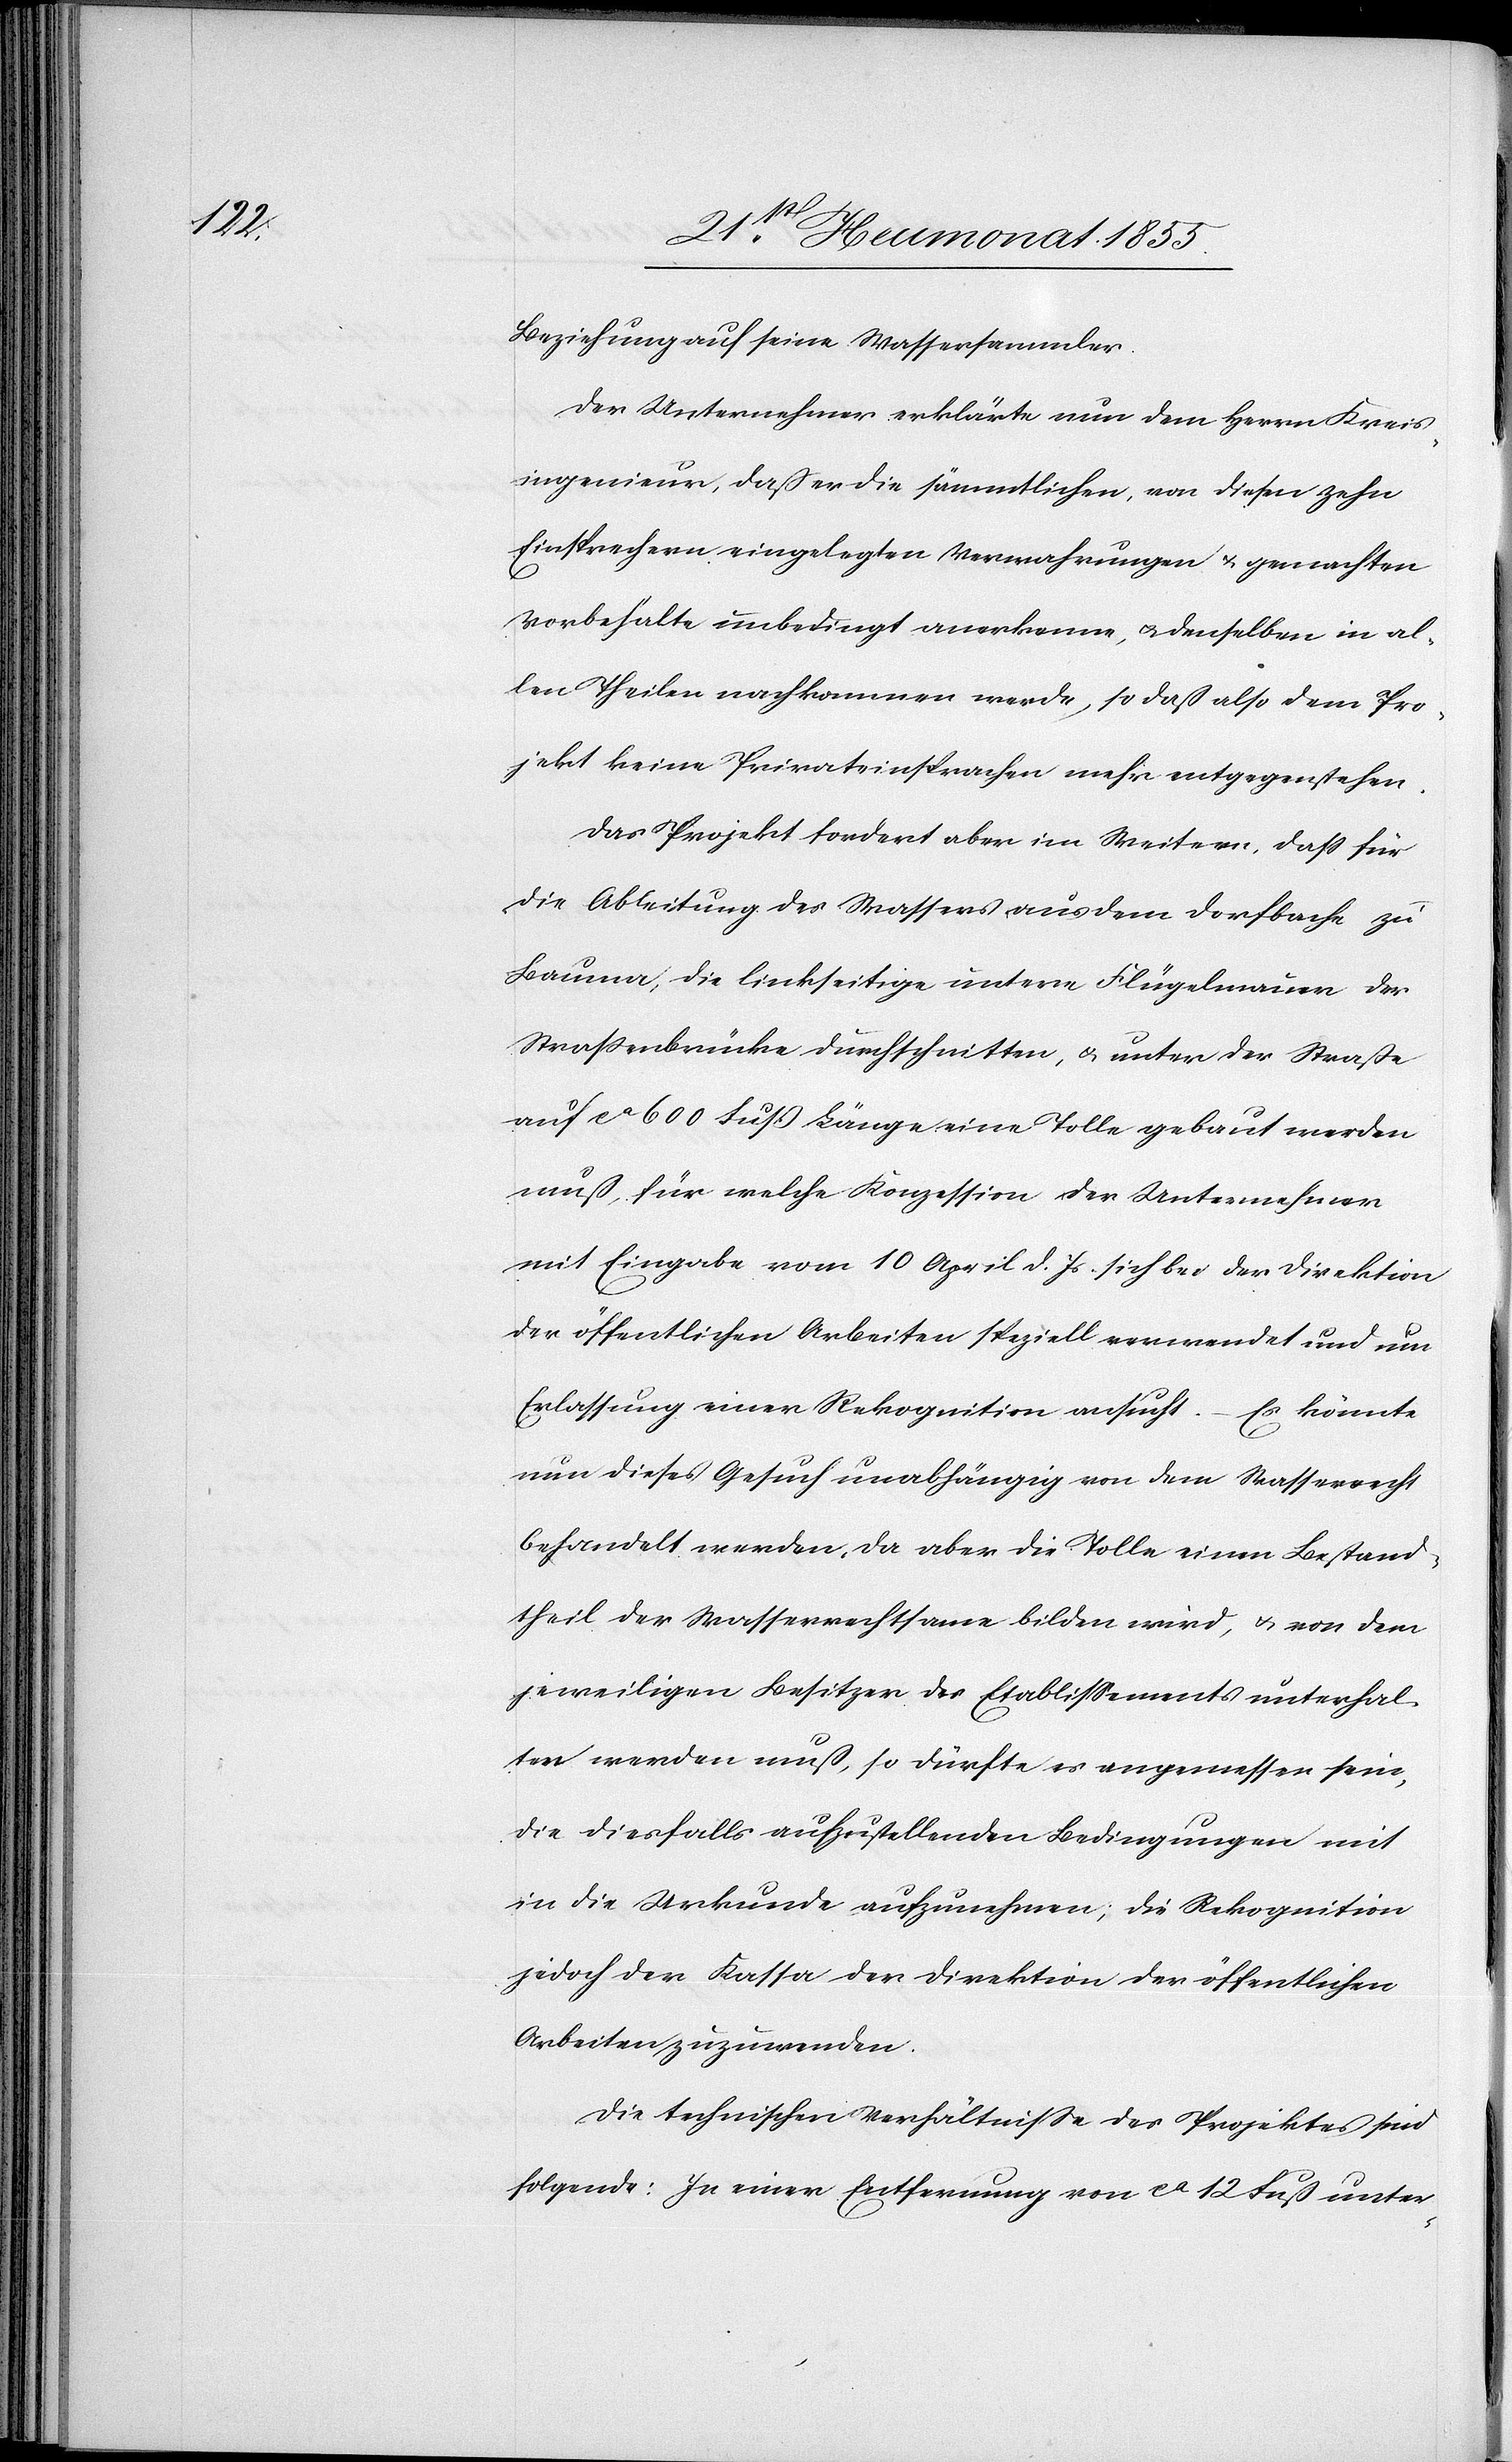
Beziehung auf seine Wassersammler.
Der Unternehmer erklärte nun dem Herrn Kreis¬
ingenieur, dass er die sämmtlichen, von diesen zehn
Einsprechern eingelegten Verwahrungen & gemachten
Vorbehalte unbedingt anerkenne, & denselben in al¬
len Theilen nachkommen werde, so daß also dem Pro¬
jekt keine Privateinsprachen mehr entgegenstehen.
Das Projekt fordert aber im Weitern, dass für
die Ableitung des Wassers aus dem Dorfbache zu
Bauma, die linkseitige untere Flügelmauer der
Strassenbrücke durchschnitten, & unter der Straße
auf ca 600 Fuß Länge eine Tolle bebaut werden
muß, für welche Konzession der Unternehmer
mit Eingabe vom 10 April d. Js. sich bei der Direktion
der öffentlichen Arbeiten speziell verwendet und um
Erlassung einer Rekognition ansucht. – Es könnte
nun dieses Gesuch unabhängig von dem Wasserrecht
behandelt werden, da aber die Tolle einen Bestand¬
theil der Wasserrechtsame bilden wird, & von dem
jeweiligen Besitzer des Etablissements unterhal¬
ten werden muß, so dürfte es angemessen sein,
die diesfalls aufzustellenden Bedingungen mit
in die Urkunde aufzunehmen; die Rekognition
jedoch der Kassa der Direktion der öffentlichen
Arbeiten zuzuwenden.
Die technischen Verhältnisse des Projektes sind
folgende: In einer Entfernung von ca 12 Fuß unter-